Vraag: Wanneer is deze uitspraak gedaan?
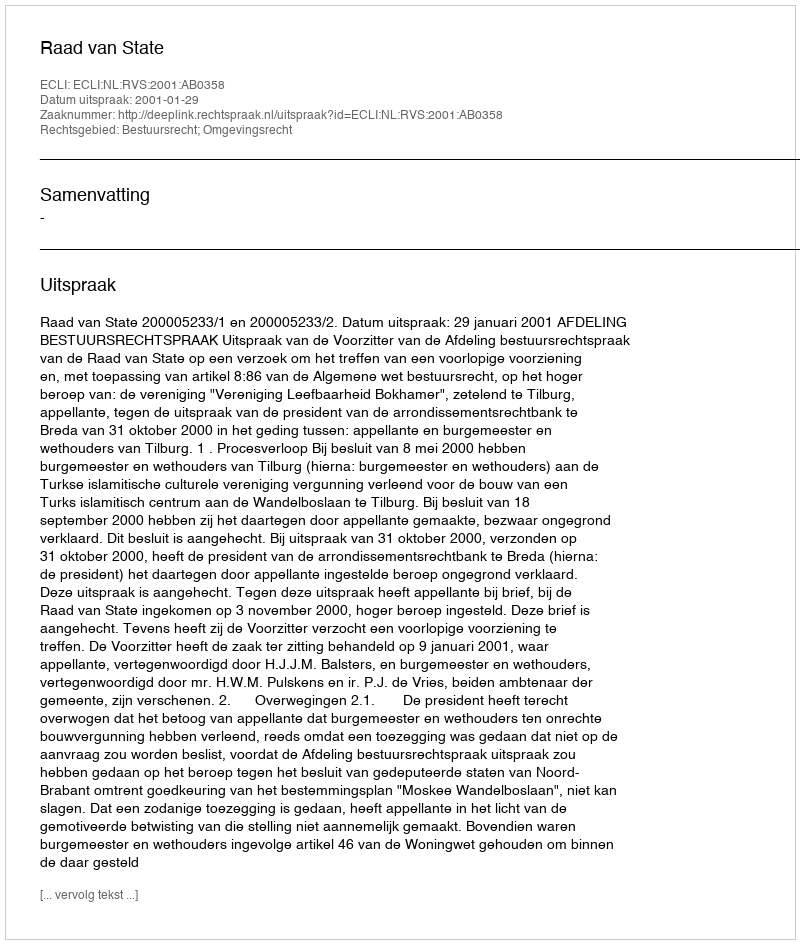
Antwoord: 2001-01-29